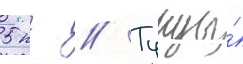
5 кг // Тунцы́